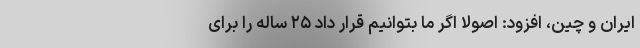
ایران و چین، افزود: اصولا اگر ما بتوانیم قرار داد ۲۵ ساله را برای